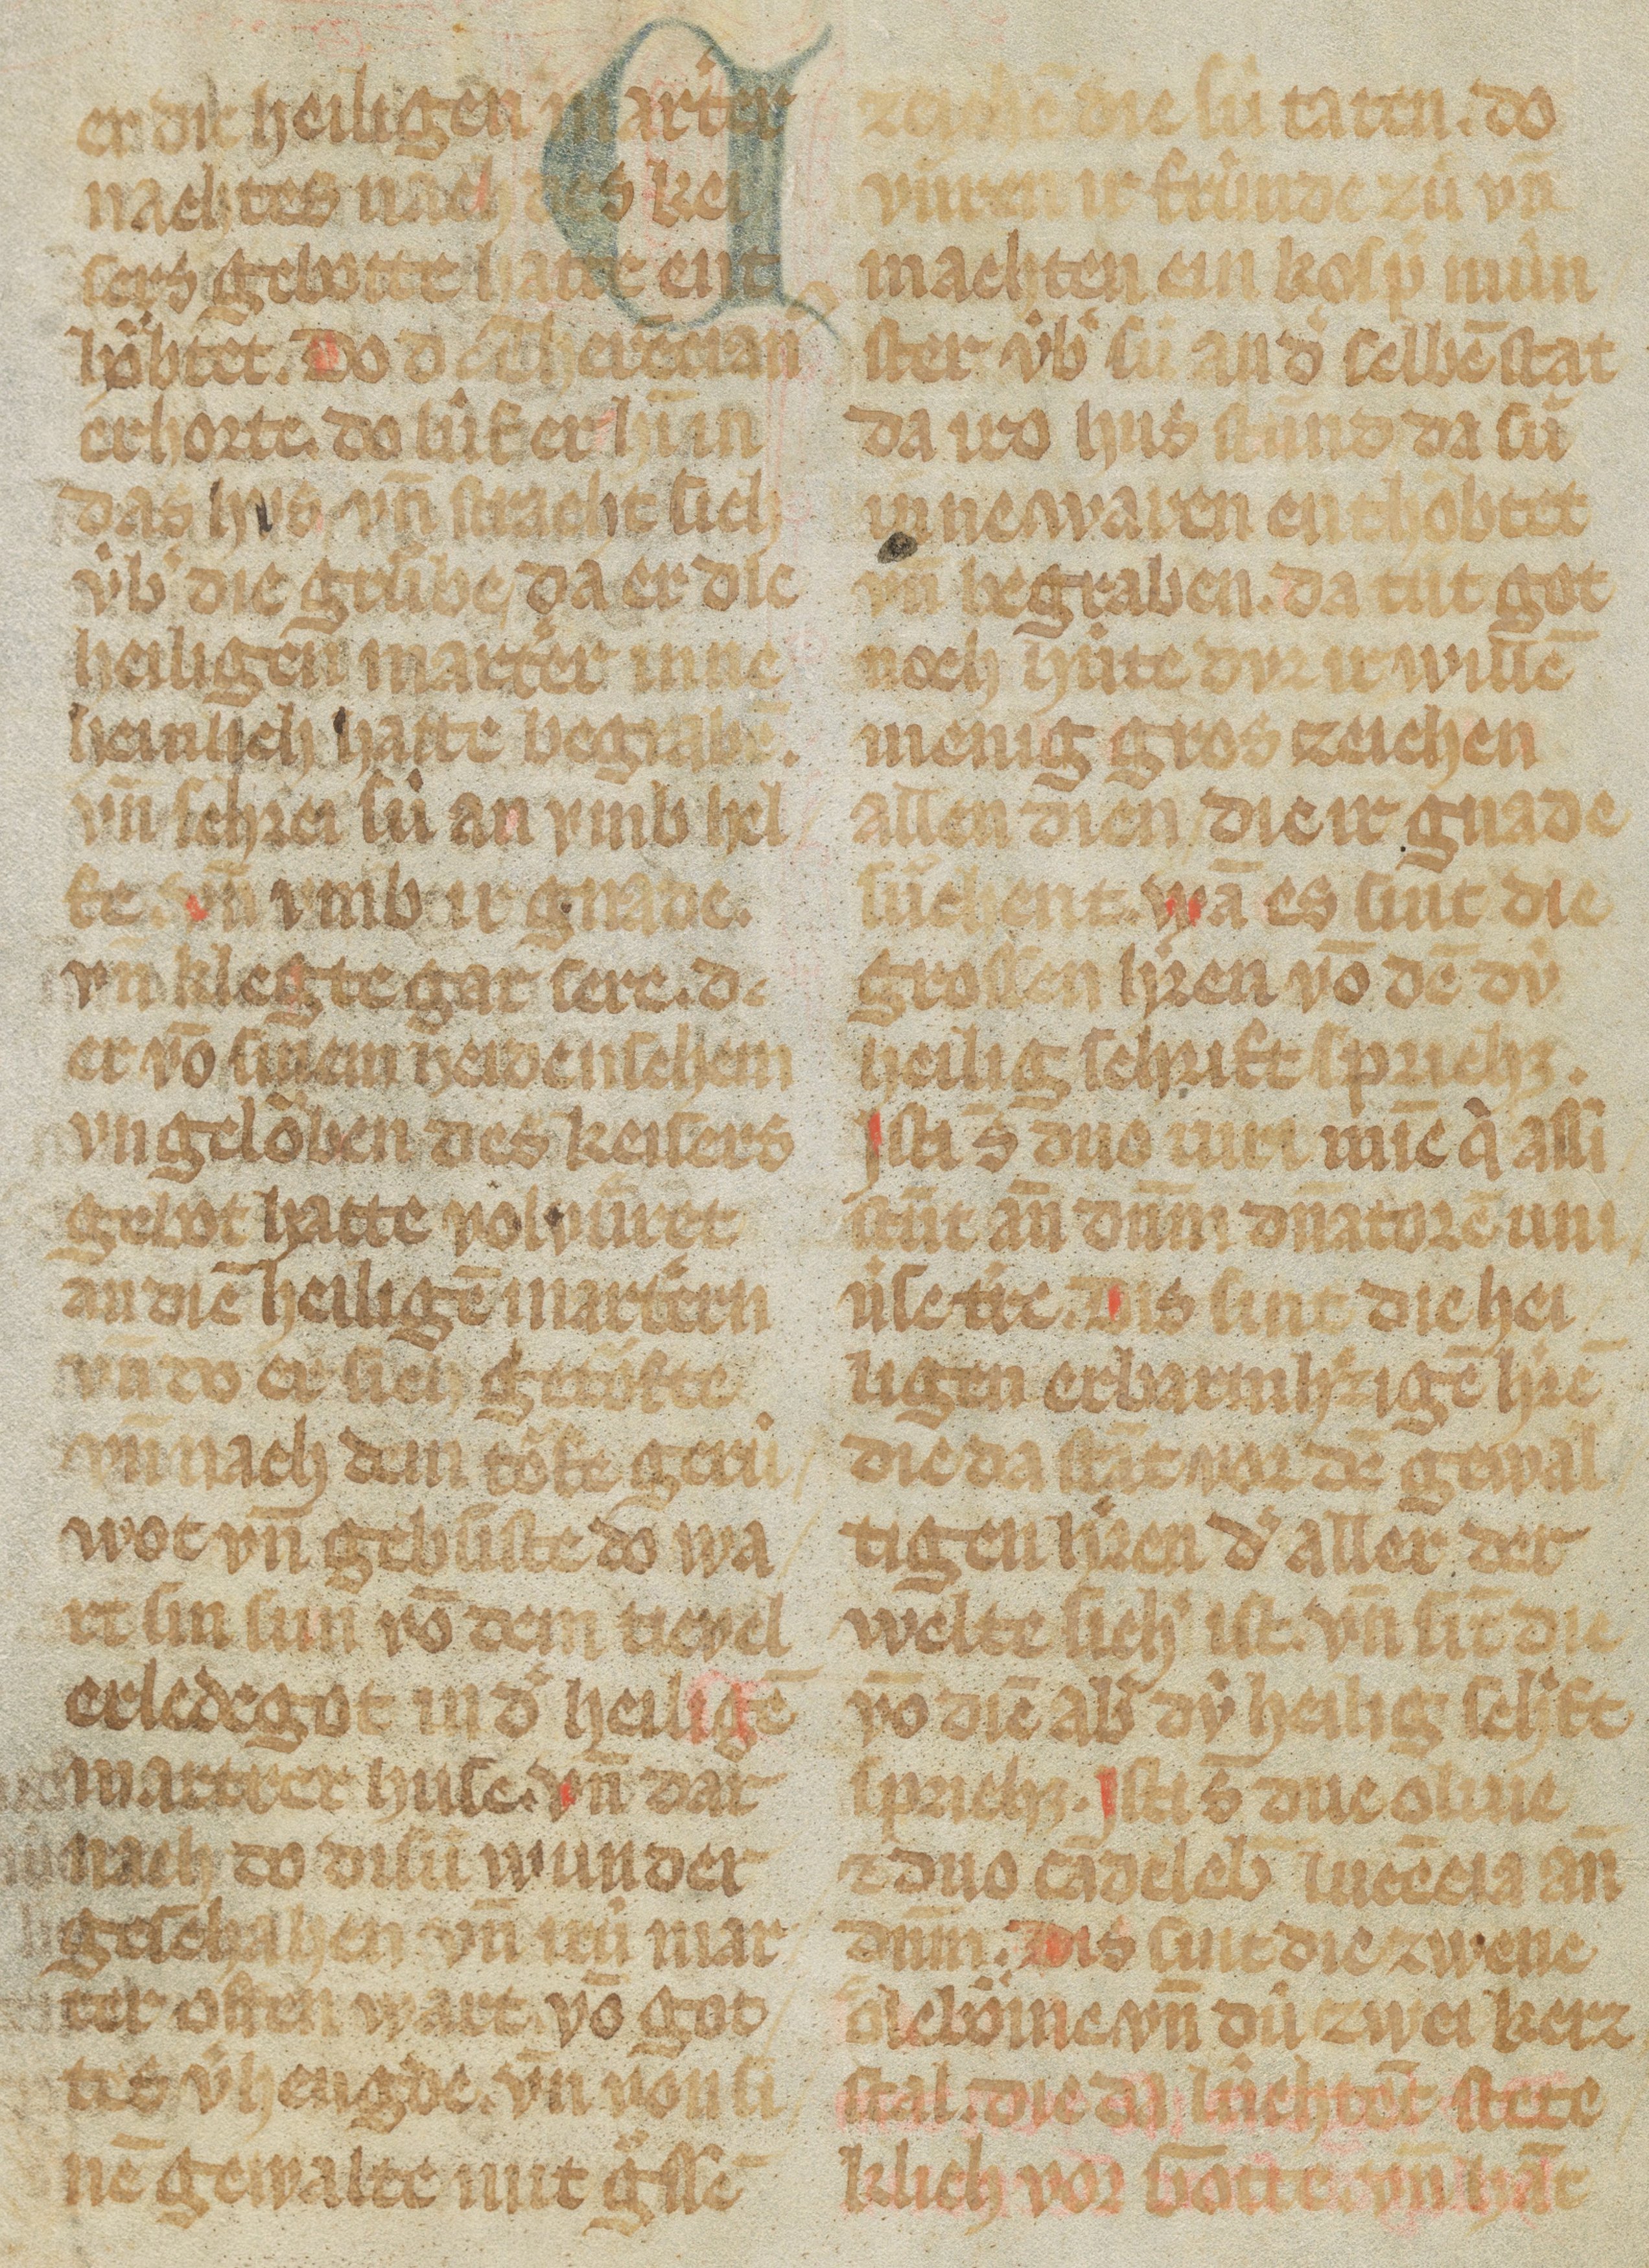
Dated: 1325–1349